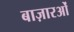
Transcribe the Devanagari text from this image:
बाज़ारओं